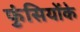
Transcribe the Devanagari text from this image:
फुंसियोंके